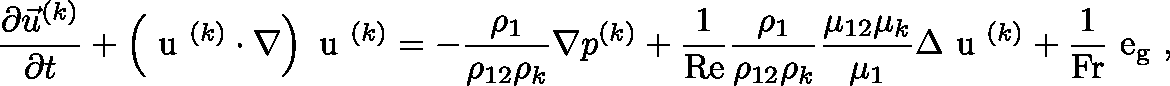
\frac { \partial \vec { u } ^ { ( k ) } } { \partial t } + \left( { \mathrm { \boldmath ~ u ~ } } ^ { ( k ) } \cdot \nabla \right) { \mathrm { \boldmath ~ u ~ } } ^ { ( k ) } = - \frac { \rho _ { 1 } } { \rho _ { 1 2 } \rho _ { k } } \nabla p ^ { ( k ) } + \frac { 1 } { \mathrm { R e } } \frac { \rho _ { 1 } } { \rho _ { 1 2 } \rho _ { k } } \frac { \mu _ { 1 2 } \mu _ { k } } { \mu _ { 1 } } \Delta { \mathrm { \boldmath ~ u ~ } } ^ { ( k ) } + \frac { 1 } { \mathrm { F r } } { \mathrm { \boldmath ~ e _ g ~ } } ,